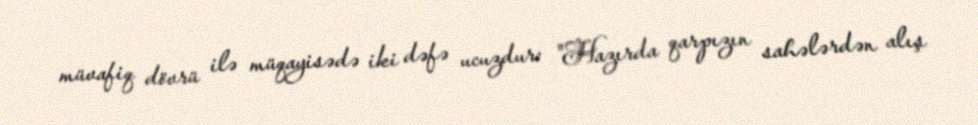
müvafiq dövrü ilə müqayisədə iki dəfə ucuzdur: "Hazırda qarpızın sahələrdən alış